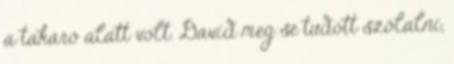
a takaró alatt volt. David meg se tudott szólalni,